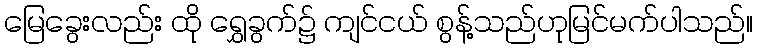
မြေခွေးလည်း ထို ရွှေခွက်၌ ကျင်ငယ် စွန့်သည်ဟုမြင်မက်ပါသည်။